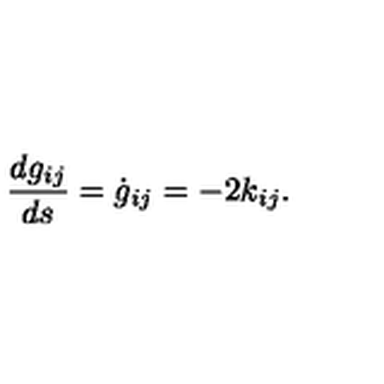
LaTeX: \frac { d g _ { i j } } { d s } = \dot { g } _ { i j } = - 2 { k } _ { i j } .